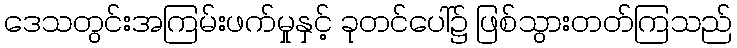
ဒေသတွင်းအကြမ်းဖက်မှုနှင့် ခုတင်ပေါ်၌ ဖြစ်သွားတတ်ကြသည်